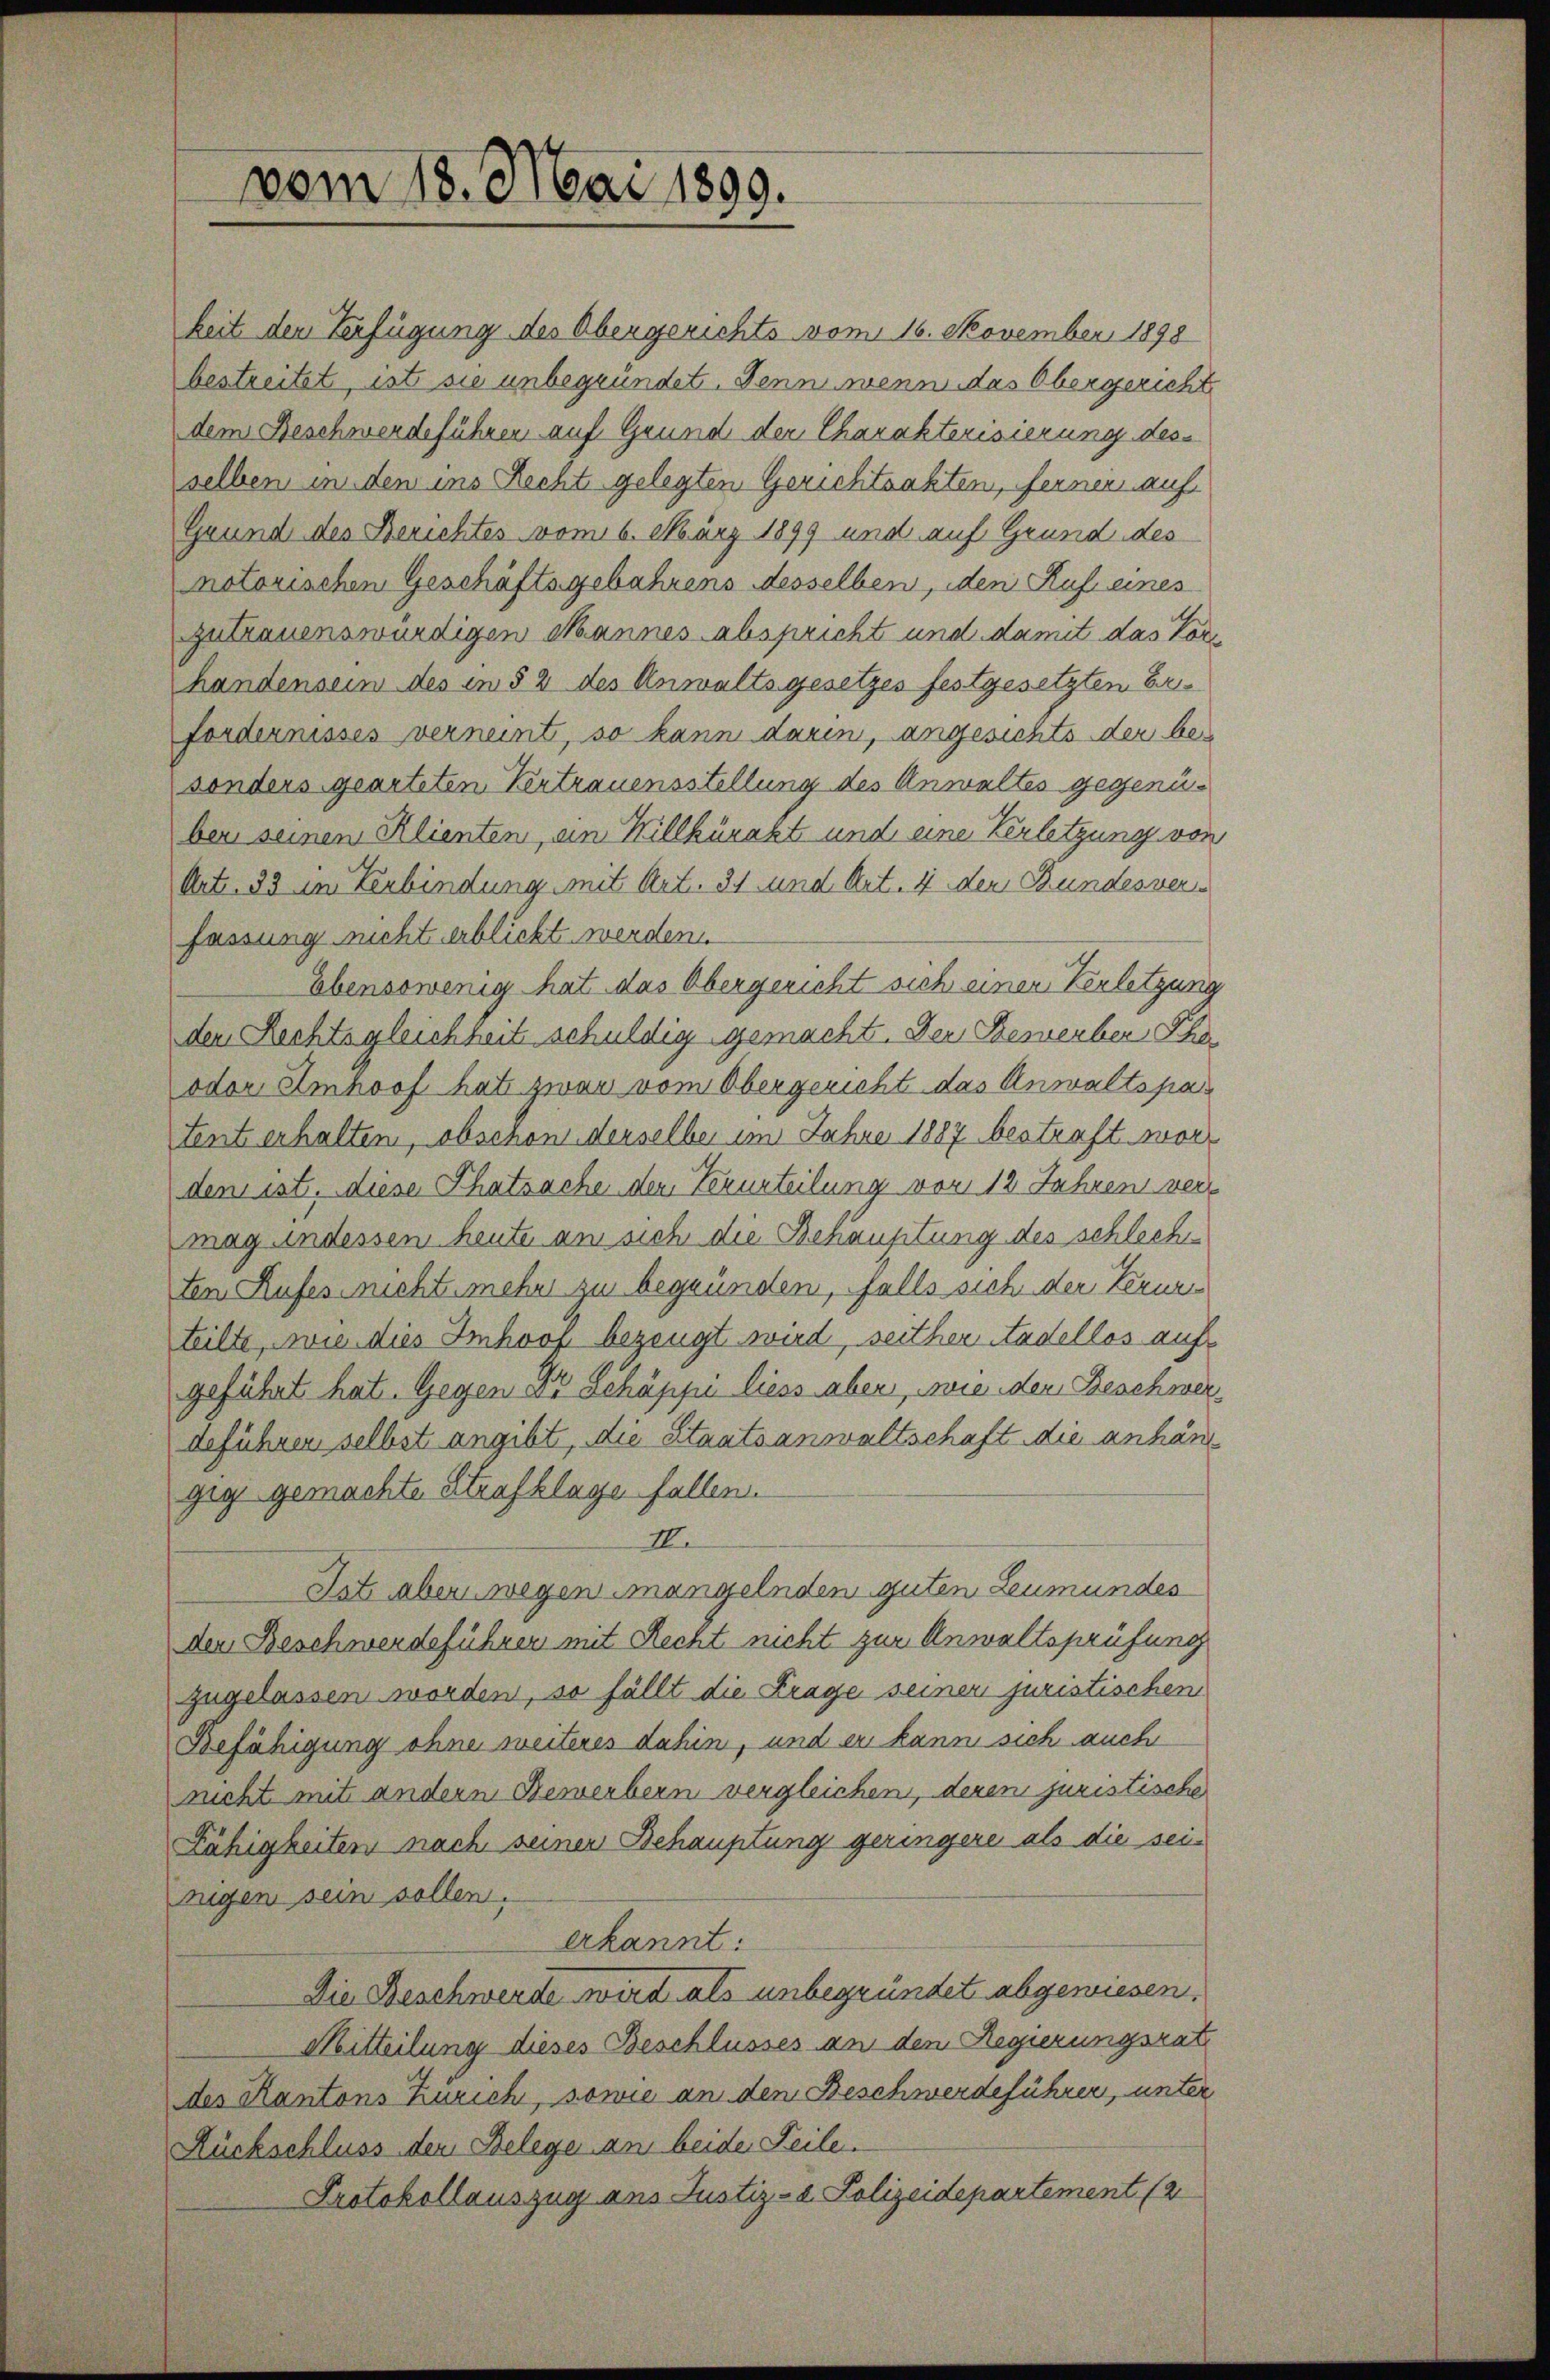
vom 18. Mai 1899.

keit den Verfügung des Obergerichts vom 16. November 1898
bestreitet, ist sie unbegründet. Denn wenn das Obergericht
dem Beschwerdeführen auf Grund der Charakterisierung desselben in den ins Recht gelegten Gerichtsakten, ferner auf
Grund des Berichtes vom 6. März 1899 und auf Grund des
notorischen Geschäftsgebahrens desselben, den Ruf eines
zutrauenswürdigen Mannes abspricht und damit das Vorhandensein des in § 2 des Anwaltsgesetzes festgesetzten Erfordernisses verneint, so kann darin, angesichts der be-
sonders gearteten Vertrauensstellung des Anwaltes gegenüber seinen Klienten, an Willkürakt und eine Verletzung von
Art. 33 in Verbindung mit Art. 31 und Art. 4 den Bundesver
fassung nicht erblicht werden.
Ebensowenig hat das Obergericht sich einen Verletzung
dem Rechtsgleichheit schuldig gemacht. Der Bemerber Pha
oder Amhoof hat zwar vom Obergericht das Anwaltspatent erhalten, obschon derselbe im Jahre 1887 bestraft worden ist, diese Thatsache den Verurteilung vor 12 Jahren vers
mag indessen heute am sich die Behauptung des schlechten Rufes nicht mehr zu begründen, falls sich der Verurteilte, wie dies Imhoop bezeugt wird, seither Nadellos aufs
geführt hat. Gegen Dr Schäppi liess aber, wie der Beschwerdeführen selbst angibt, die Staatsanwaltschaft die anhängig gemachte Strafklage fallen.
II.
Tat aber wegen mangelnden guten Leumundes
den Beschwerdeführen mit Recht nicht zur Anwaltsprüfung
zugelassen worden, so fällt die Frage seiner juristischen
Befähigung ohne weiteres dahin, und er kann sich auch
ncht mit andern Bemerbern vergleichen, deren juristische
Fähigkeitern nach seinen Behauptung geringere als die sei-
rugen sein sollen.
erkannt:
Die Beschwerde wird als unbegründet abgewiesen.
Mitteilung dieses Beschlusses an den Regierungsrat
des Kantons Zürich, sowie an dem Beschwerdeführer, unter
Rückschluss den Belege an beide Teile.
Protokollauszug aus Justiz- u. Polizeidepartement (2